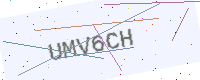
Text: UMV6CH